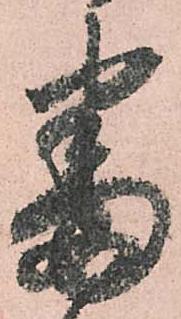
番